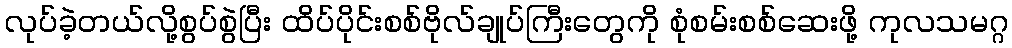
လုပ်ခဲ့တယ်လို့စွပ်စွဲပြီး ထိပ်ပိုင်းစစ်ဗိုလ်ချုပ်ကြီးတွေကို စုံစမ်းစစ်ဆေးဖို့ ကုလသမဂ္ဂ